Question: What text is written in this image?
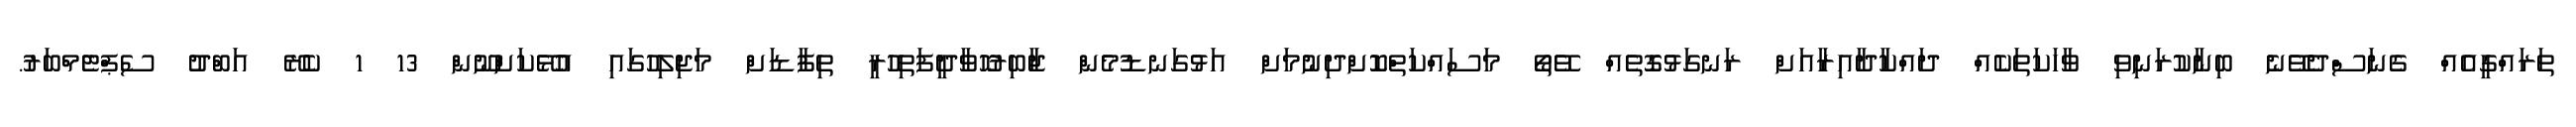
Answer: ތަރައްގީއެއް ގެނަސްދެވޭނެ ބިނާކުރަނިވި ވާހަކަތަކެއް ދައްކާދާއިރާއަށް ރަނގަޅުގޮތެއް ވޭތޯ މަސައްކަތްކޮށްދިނުމަށް އަޅުގަނޑުމެން ޖާބިރުހޮވާދީފަތިހުރީ ތިފާޑަށް މަޖިލިހުގައި އުޅޭކަށްނޫން 13 1 ކެރޭ އަބްދު ސެޕްޓެމްބަރު.